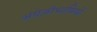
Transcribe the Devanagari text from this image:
अंग्रेज़ीभाषियों